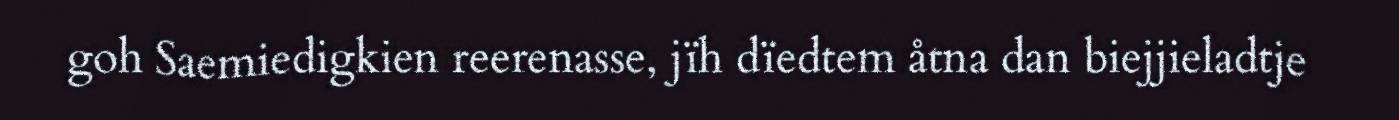
goh Saemiedigkien reerenasse, jïh dïedtem åtna dan biejjieladtje